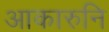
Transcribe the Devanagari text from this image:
आकारुनि